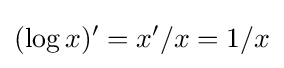
(\log x)'=x'/x=1/x